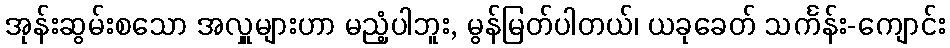
အုန်းဆွမ်းစသော အလှူများဟာ မညံ့ပါဘူး, မွန်မြတ်ပါတယ်၊ ယခုခေတ် သင်္ကန်း-ကျောင်း